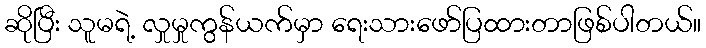
ဆိုပြီး သူမရဲ့ လှုမှုကွန်ယက်မှာ ရေးသားဖော်ပြထားတာဖြစ်ပါတယ်။